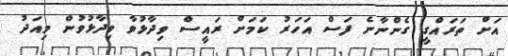
އަށް ތަރައްގީ ގެންނާނެ ފަސް އަހަރު ކަމަށް ރައީސް ވިދާޅުވާ ވިދާޅުވުން މިއަދު